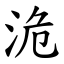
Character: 洈